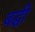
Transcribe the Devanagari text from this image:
बद्धी